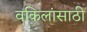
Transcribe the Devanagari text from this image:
वकिलांसाठी